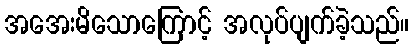
အအေးမိသောကြောင့် အလုပ်ပျက်ခဲ့သည်။